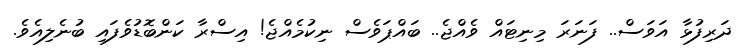
ދަރިފުޅާ އަވަސް.. ފަނަރަ މިނިޓައް ވެއްޖެ.. ބައްޕަވެސް ނިކުމެއްޖެ! އިސްރާ ކަންބޮޑުވެފައި ބުނެލިއެވެ.